Leaving Certificate Examination, 1917, 1917
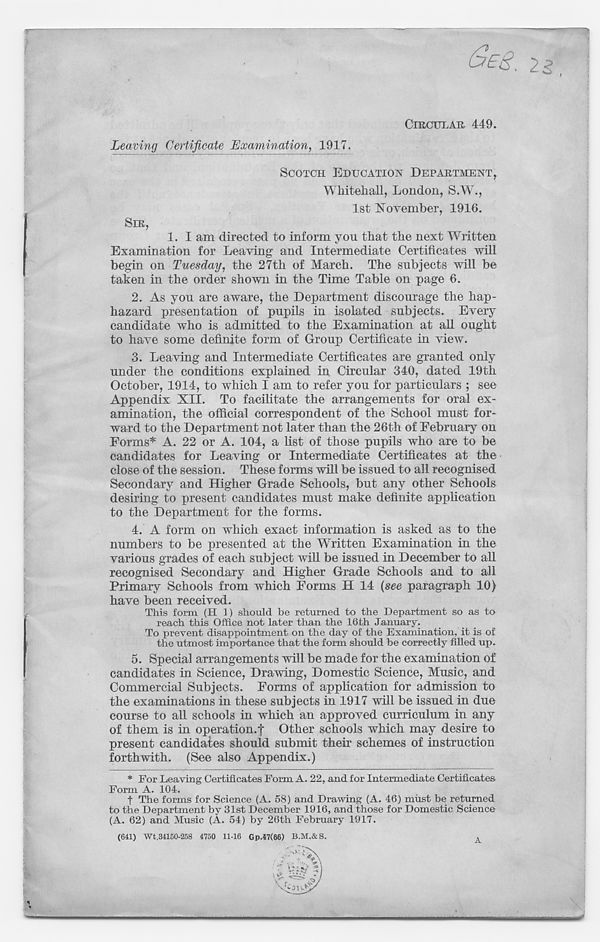
CIRCULAR 449.
Leaving Certificate Examination, 1917.
SCOTCH EDUCATION DEPARTMENT,
Whitehall, London, S.W 7 .,
1st November, 1916.
SIR,
1.
I am direc
Examination for Leaving and Intermediate Certificates will
begin on Tuesday, the 27th of March. The subjects will be
taken in the order shown in the Time Table on page 6.
2. As you are aware, the Department discourage the hap-
hazard presentation of pupils in isolated subjects. Every
candidate who is admitted to the Examination at all ought
to have some definite form of Group Certificate in view.
3. Leaving and Intermediate Certificates are granted only
under the conditions explained in Circular 340, dated 19th
October, 1914, to which I am to refer you for particulars ; see
Appendix XII. To facilitate the arrangements for oral ex-
amination, the official correspondent of the School must for-
ward to the Department not later than the 26th of February on
Forms* A. 22 or A. 104, a list of those pupils who are to be
candidates for Leaving or Intermediate Certificates at the
close of the session. These forms will be issued to all recognised
Secondary and Higher Grade Schools, but any other Schools
desiring to present candidates must make definite application
to the Department for the forms.
4. A form on which exact information is asked as to the
numbers to be presented at the Written Examination in the
various grades of each subject will be issued in December to all
recognised Secondary and Higher Grade Schools and to all
Primary Schools from which Forms H 14 {see paragraph 10)
have been received.
This form (H 1) should be returned to the Department so as to
reach this Office not later than the 16th January.
To prevent disappointment on the day of the Examination, it is of
the utmost importance that the form should be correctly filled up.
5. Special arrangements will be made for the examination of
candidates in Science, Drawing, Domestic Science, Music, and
Commercial Subjects. Forms of application for admission to
the examinations in these subjects in 1917 will be issued in due
course to all schools in which an approved curriculum in any
of them is in operation.! Other schools which may desire to
present candidates should submit their schemes of instruction
forthwith. (See also Appendix.)
* For Leaving Certificates Form A. 22, and for Intermediate Certificates
Form A. 104.
f The forms for Science (A. 58) and Drawing (A. 46) must be returned
to the Department by 31st December 1916, and those for Domestic Science
(A. 62) and Music (A. 54) by 26th February 1917.
(641) wt.34150-258 4750 11-16 Gp.47(66) B.M.&S.
,